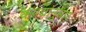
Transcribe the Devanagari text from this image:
कयद्यांनुसार